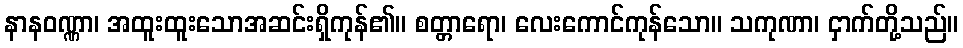
နာနဝဏ္ဏာ၊ အထူးထူးသောအဆင်းရှိကုန်၏။ စတ္တာရော၊ လေးကောင်ကုန်သော။ သကုဏာ၊ ငှာက်တို့သည်။